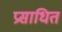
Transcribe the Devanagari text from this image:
प्रसाधित